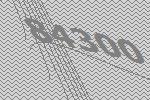
84300